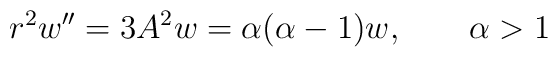
r^2 w'' = 3A^2w = \alpha (\alpha - 1) w ,  \qquad \alpha >1